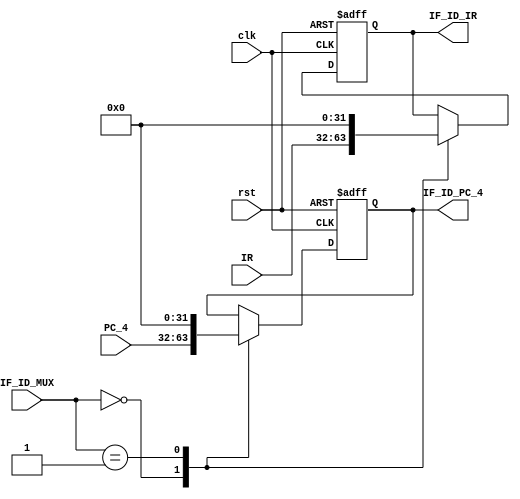
module IF_ID (
    input clk,
    input rst,
    input [1:0]IF_ID_MUX,
    input [31:0]IR,
    input [31:0]PC_4,

    output reg [31:0]IF_ID_IR,
    output reg [31:0]IF_ID_PC_4
);

    always@(posedge clk or posedge rst)begin
        if(rst) begin
            IF_ID_IR<=32'h00000000;
            IF_ID_PC_4<=32'h00000000;
        end

        else begin
            case(IF_ID_MUX)
                //
                2'b00:begin
                    IF_ID_IR<=IR;
                    IF_ID_PC_4<=PC_4;
                end
                //()
                2'b01:begin
                    IF_ID_IR<=32'h00000000;
                    IF_ID_PC_4<=32'h00000000;
                end
                //()
                2'b10:begin
                    IF_ID_IR<=IF_ID_IR;
                    IF_ID_PC_4<=IF_ID_PC_4;
                end
            endcase
        end
    end
        
endmodule

//IF_IDIR
//PC+4MUX
//(Flush)(Keep)
//BeqJLoad-use